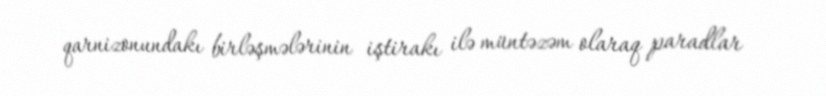
qarnizonundakı birləşmələrinin iştirakı ilə müntəzəm olaraq paradlar